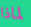
لماذا